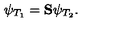
\psi _ { T _ { 1 } } = \mathrm { { \bf S } } \psi _ { T _ { 2 } } .